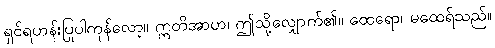
ရှင်ရဟန်းပြုပါကုန်လော့။ ဣတိအာဟ၊ ဤသို့လျှောက်၏။ ထေရော၊ မထေရ်သည်။